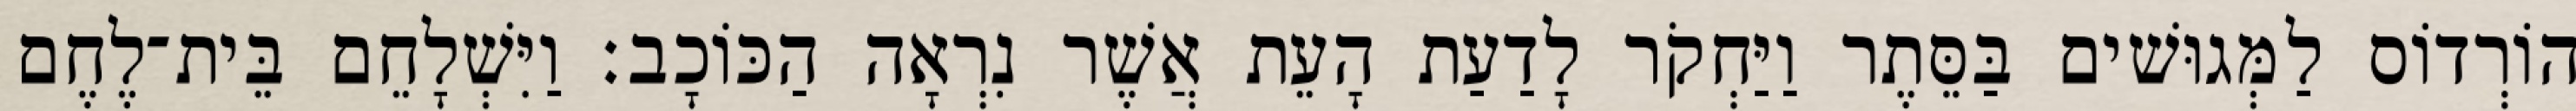
הוֹרְדוֹס לַמְּגוּשׁים בַּסֵּתֶר וַיַּחְקֹר לָדַעַת הָעֵת אֲשֶׁר נִרְאָה הַכּוֹכָב׃ וַיִּשְׁלָחֵם בֵּית־לֶחֶם